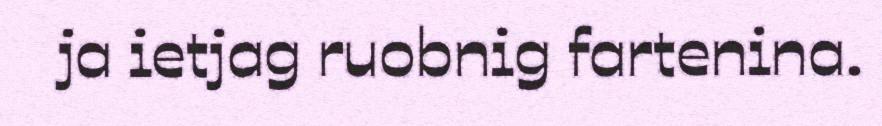
ja ietjag ruobnig fartenina.